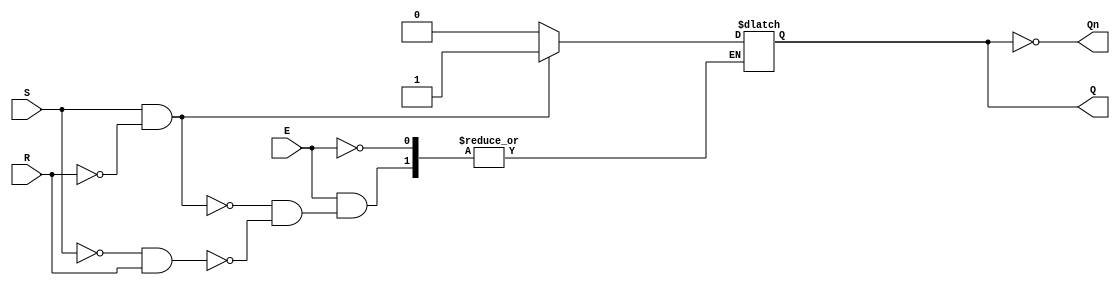
module gated_sr_latch (
    input wire S,      // Set input
    input wire R,      // Reset input
    input wire E,      // Enable input
    output reg Q,      // Output Q
    output wire Qn     // Complementary output Q'
);

// Internal logic for the gated SR latch
always @(S, R, E) begin
    if (E) begin
        if (S && ~R) begin
            Q <= 1'b1;  // Set state
        end else if (~S && R) begin
            Q <= 1'b0;  // Reset state
        end
        // If both S and R are high, do nothing (invalid state)
        // If both S and R are low, retain previous state
    end
    // When E is low, retain previous state (Q is not updated)
end

assign Qn = ~Q; // Complementary output

endmodule